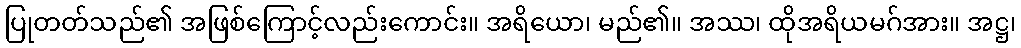
ပြုတတ်သည်၏ အဖြစ်ကြောင့်လည်းကောင်း။ အရိယော၊ မည်၏။ အဿ၊ ထိုအရိယမဂ်အား။ အဋ္ဌ၊